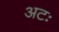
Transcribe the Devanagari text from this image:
अटः